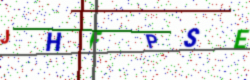
Text: JHFPSE